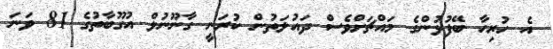
އެ ހުރިހާ ބޭފުޅުންގެ މައްޗަށްވެސް ދައުލަތުން ކުރަނީ ގާނޫނުލް އުގޫބާތުގެ 81 ވަނަ